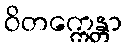
ဝိတက္ကေန္တာ